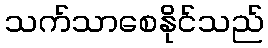
သက်သာစေနိုင်သည်